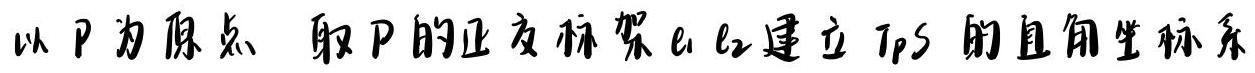
以 $P$ 为原点，取 $P$ 的正交标架 $e_1, e_2$ 建立 $T_PS$ 的直角坐标系